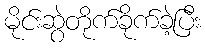
မိုင်းဆွဲတိုက်ခိုက်ခဲ့ပြီး